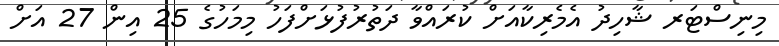
މިނިސްޓަރ ޝާހިދު އެމެރިކާއަށް ކުރައްވާ ދަތުރުފުޅަށްފަހު މިމަހުގެ 25 އިން 27 އަށް